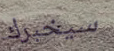
سيخبرك